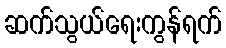
ဆက်သွယ်ရေးကွန်ရက်